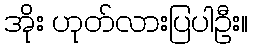
အိုး ဟုတ်လားပြပါဦး။